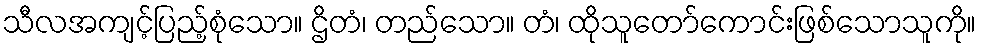
သီလအကျင့်ပြည့်စုံသော။ ဌိတံ၊ တည်သော။ တံ၊ ထိုသူတော်ကောင်းဖြစ်သောသူကို။